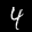
Label: 4